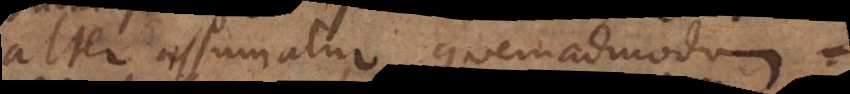
alter assumatur quemadmodum